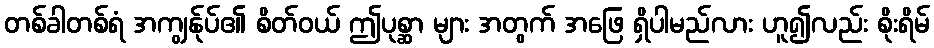
တစ်ခါတစ်ရံ အကျွန်ုပ်၏ စိတ်ဝယ် ဤပုစ္ဆာ များ အတွက် အဖြေ ရှိပါမည်လား ဟူ၍လည်း စိုးရိမ်